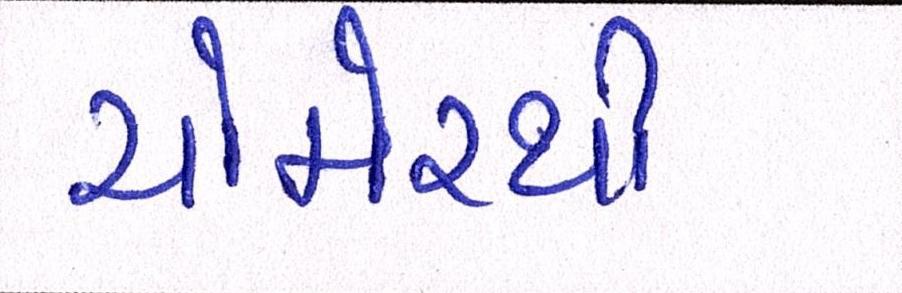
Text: ચોમેરથી